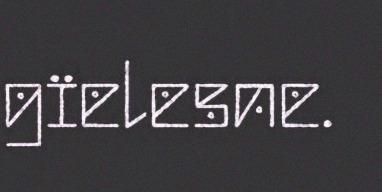
gïelesne.